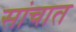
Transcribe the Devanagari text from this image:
सांचात